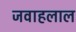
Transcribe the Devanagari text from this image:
जवाहलाल